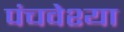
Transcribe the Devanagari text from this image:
पंचवेश्या